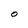
Character: O